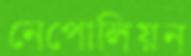
নেপোলিয়ন